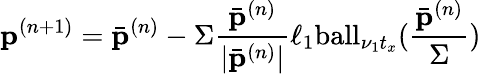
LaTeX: \mathbf{p}^{(n+1)}=\bar{\mathbf{p}}^{(n)}-\Sigma\frac{\bar{\mathbf{p}}^{(n)}}{|\bar{\mathbf{p}}^{(n)}|}\ell_{1}\mathrm{ball}_{\nu_{1}{t}_{x}}(\frac{\bar{\mathbf{p}}^{(n)}}{\Sigma})